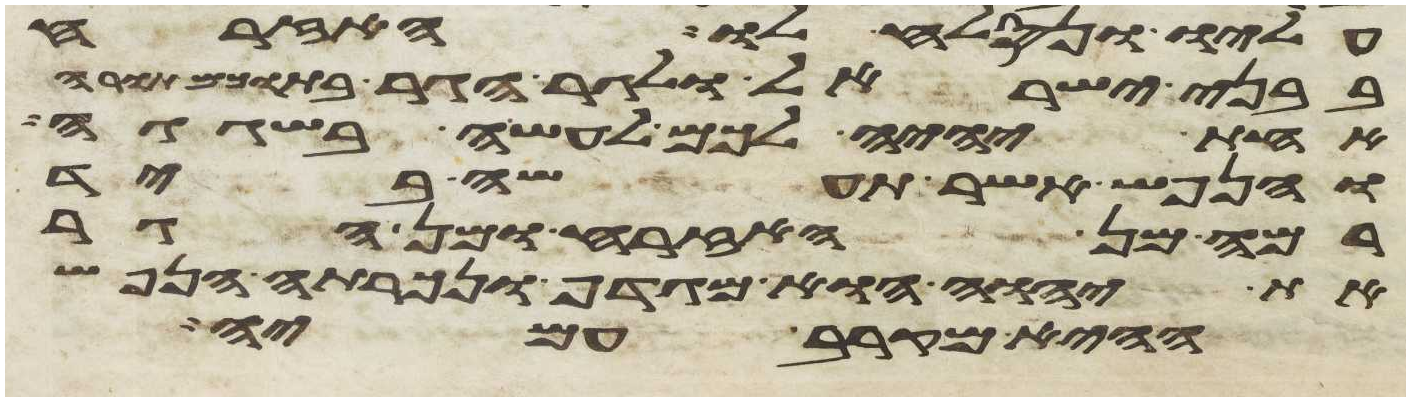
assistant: עליו ונסלח לו האזרח
בבני ישראל ולגר הגר בתוכם תורה
אחת יהיה לכם לעשה בשגגה
והנפש אשר תעשה ביד
רמה מן האזרח ומן הגר
את יהוה הוא מגדף ונכרתה הנפש
ההיא מקרב עמיה